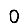
Digit: 0